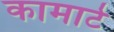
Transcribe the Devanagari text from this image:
कामाटे